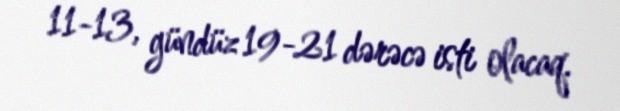
11-13, gündüz 19-21 dərəcə isti olacaq.